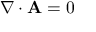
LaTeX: \nabla \cdot \mathbf { A } = 0